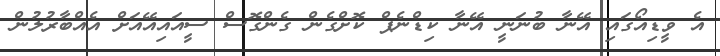
އެ ވީޑިއޯގައި އޭނާ ބުނަނީ އޭނާ ކިޑްނެޕް ކޮށްގެން ގެންގޮސް ސީއައިއޭއަށް އެއްބާރުލުން